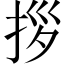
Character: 拶